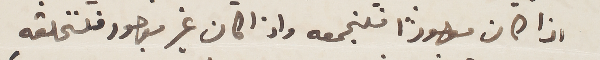
اذا كان موجوداً فلنجمعه واذا كان غير موجود فلنخلقه